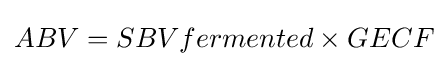
ABV=SBVfermented\times GECF